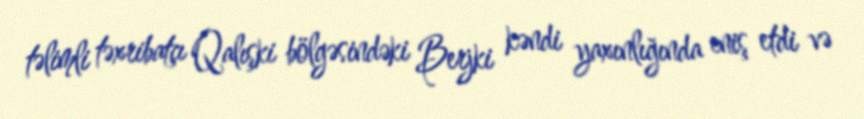
təlimli təxribatçı Qalışki bölgəsindəki Berjki kəndi yaxınlığında eniş etdi və